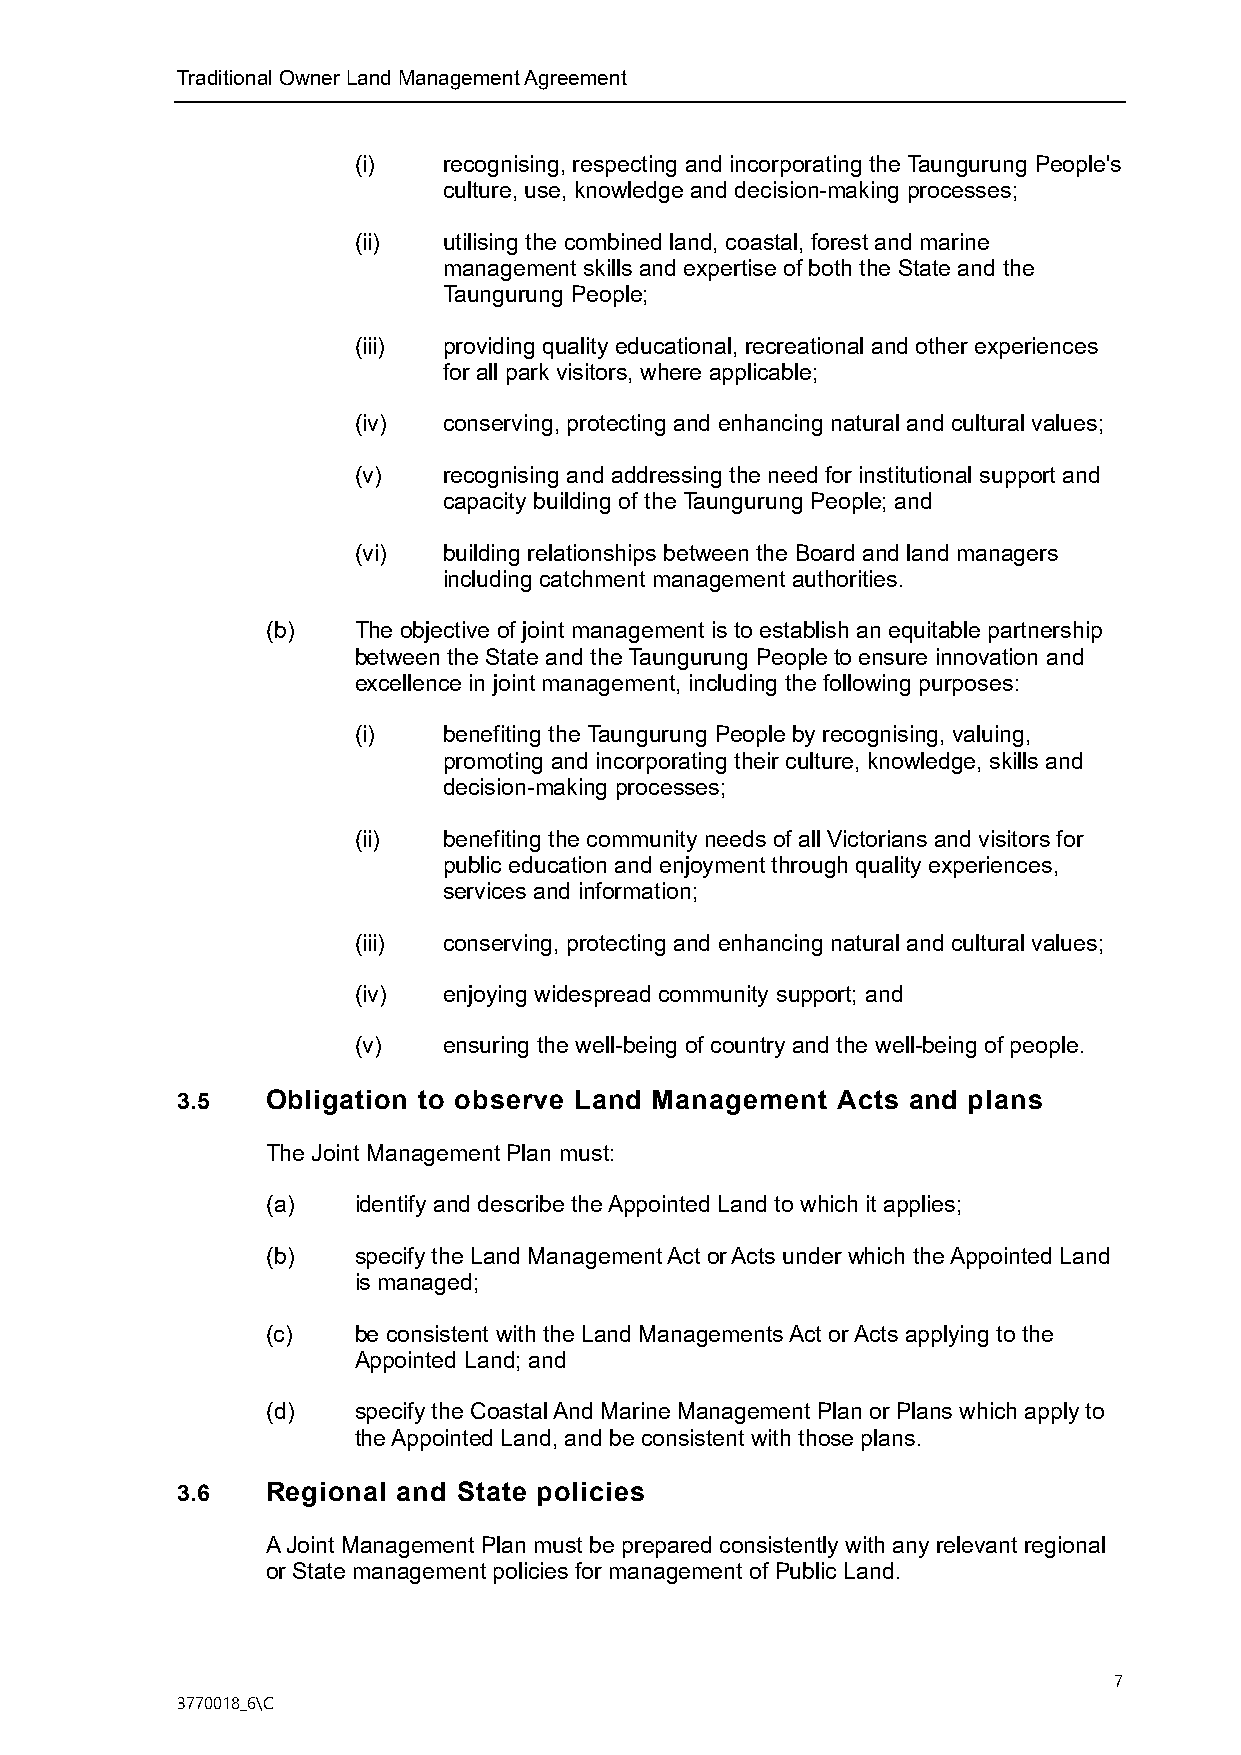
Traditional Owner Land Management Agreement
 (i)   recognising, respecting and incorporating the Taungurung People's
 culture, use, knowledge and decision-making processes;
 (ii)  utilising the combined land, coastal, forest and marine
 management skills and expertise of both the State and the
 Taungurung People;
 (iii) providing quality educational, recreational and other experiences
 for all park visitors, where applicable;
 (iv)  conserving, protecting and enhancing natural and cultural values;
 (v)   recognising and addressing the need for institutional support and
 capacity building of the Taungurung People; and
 (vi)  building relationships between the Board and land managers
 including catchment management authorities.
 (b)  The objective of joint management is to establish an equitable partnership
 between the State and the Taungurung People to ensure innovation and
 excellence in joint management, including the following purposes:
 (i)   benefiting the Taungurung People by recognising, valuing,
 promoting and incorporating their culture, knowledge, skills and
 decision-making processes;
 (ii)  benefiting the community needs of all Victorians and visitors for
 public education and enjoyment through quality experiences,
 services and information;
 (iii) conserving, protecting and enhancing natural and cultural values;
 (iv)  enjoying widespread community support; and
 (v)   ensuring the well-being of country and the well-being of people.
 3.5   Obligation to observe Land Management Acts and plans
 The Joint Management Plan must:
 (a)  identify and describe the Appointed Land to which it applies;
 (b)  specify the Land Management Act or Acts under which the Appointed Land
 is managed;
 (c)  be consistent with the Land Managements Act or Acts applying to the
 Appointed Land; and
 (d)  specify the Coastal And Marine Management Plan or Plans which apply to
 the Appointed Land, and be consistent with those plans.
 3.6   Regional and State policies
 A Joint Management Plan must be prepared consistently with any relevant regional
 or State management policies for management of Public Land.
 7
 3770018_6\C